Report on sanitation, dispensaries, and jails in Rajputana for 1909, and on vaccination for the year 1909-1910 - 1909-1910
Year: 1909
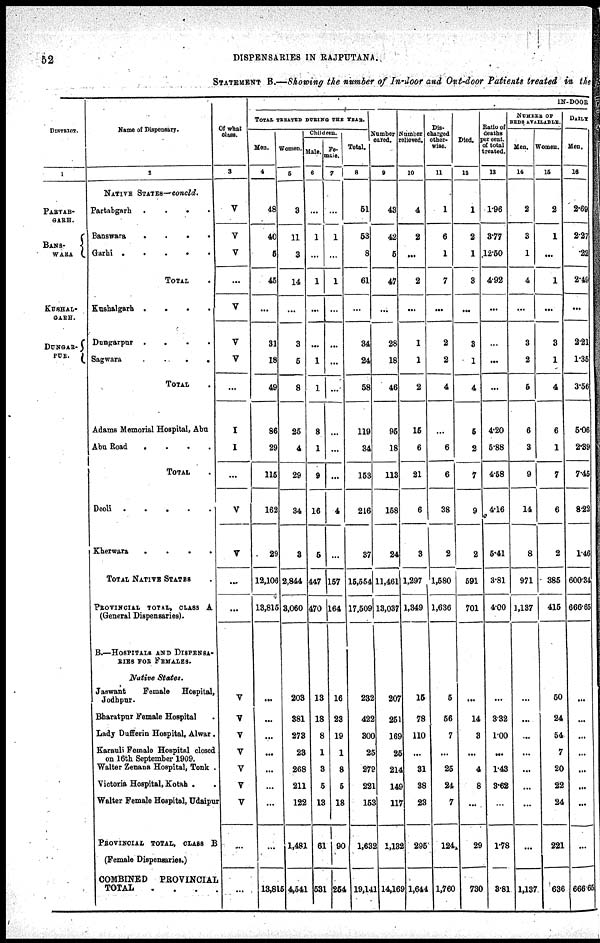
52
DISPENSARIES IN RAJPUTANA.
STATEMENT B.—Showing the number of In-door and Out-door Patients treated in the
DISTRICT.
1
PARTAB¬
GARH.
BANS¬
WARA
KUSHAL¬
GARH.
DUNGAR¬
PUR.
NAME OF DISPENSARY.
2
NATIVE STATES—concld.
Partabgarh . .
Banswara
.
.
.
.
Garhi
.
.
.
.
.
TOTAL
.
Kushalgarh .
.
.
.
Dungarpur .
.
.
.
Sagwara
.
.
.
.
TOTAL .
Adams Memorial Hospital, Abu
Abu Road
.
.
.
.
TOTAL .
Kherwara
.
.
.
.
TOTAL NATIVE STATES .
PROVINCEAL TOTAL, CLASS A
(General Dispensaries).
B.—HOSPITALS AND DISPENSA¬
RIES FOR FEMALES.
Native States.
Jaswant
Female Hospital,
Jodhpur.
Bharatpur Female Hospital .
Lady Dufferin Hospital, Alwar.
Karauli Female Hospital closed
on 16th September 1909.
Walter Zenana Hospital, Tonk .
Victoria Hospital, Kotah . .
Walter Female Hospital, Udaipur
PROVINCIAL TOTAL, CLASS B
(Female Dispensaries.)
COMBINED PROVINCIAL
TOTAL
.
.
.
.
OF what
class.
3
V
V
V
...
V
V
V
...
I
I
...
V
V
...
...
V
V
V
V
V
V
V
...
...
IN-DOOR
TOTAL TREATED DURING THE YEAR.
Men.
4
48
40
5
45
...
31
18
49
86
29
115
162
29
12,106
13,815
...
...
...
...
...
...
...
...
13,815
Women.
5
8
11
3
14
...
3
5
8
25
4
29
34
3
2,844
8,060
203
381
273
23
268
211
122
1,481
4,541
Children.
Male.
6
...
1
...
1
...
...
1
1
8
1
9
16
5
447
470
13
18
8
1
3
6
13
61
531
Fe¬
male.
7
...
1
...
1
...
...
...
...
...
...
...
4
...
157
164
16
23
19
1
3
5
18
90
254
Total.
8
51
53
8
61
...
34
24
58
119
34
153
216
37
15,554
17,509
232
422
300
25
279
221
153
1,632
19,141
Number
cured.
9
43
42
5
47
...
28
18
46
95
18
113
158
24
11,461
13,037
207
251
169
25
214
149
117
1,132
14,169
Number
relieved.
10
4
2
...
2
...
1
1
2
15
6
21
6
3
1,297
1,349
15
78
110
...
31
38
23
295
1,644
Dis¬
charged
other¬
wise.
11
1
6
1
7
...
2
2
4
...
6
6
38
2
1,580
1,636
5
56
7
...
25
24
7
124
1,760
Died.
12
1
2
1
8
...
3
1
4
5
2
7
9
2
591
701
...
14
8
...
4
8
...
29
780
Ratio of
deaths
per cent.
of total
treated.
13
1.96
8.77
12.50
4.92
...
...
...
...
4.20
5.88
4.58
4.16
5.41
3,81
4.00
...
3.32
1.00
...
1.43
3.62
...
1.78
3.81
NUMBER OF
BEDS AVAILABLE.
Men.
14
2
3
1
4
...
3
2
5
6
3
9
14
8
971
1,137
...
...
...
...
...
...
...
...
1,137
Women.
15
2
1
...
1
...
3
1
4
6
1
7
6
2
385
415
50
24
54
7
20
22
24
221
636
DAILY
MEN.
16
2.60
2.27
.22
2.49
...
2.21
1.35
3.56
5.06
2.39
7.45
3.22
1.46
600.34
666.65
...
...
...
...
...
...
...
...
666.65